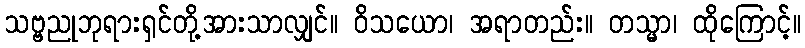
သဗ္ဗညုဘုရားရှင်တို့အားသာလျှင်။ ဝိသယော၊ အရာတည်း။ တသ္မာ၊ ထိုကြောင့်။